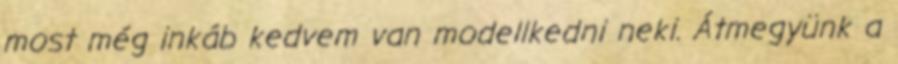
most még inkáb kedvem van modellkedni neki. Átmegyünk a